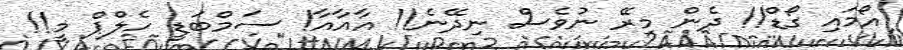
އޯމައި ގޯޑް!! ދެން މިރޭ ނުވެސް ނިދޭނެ!! އާއާއާ! ސަމްބަޑީ ހެލްޕް މީ!!